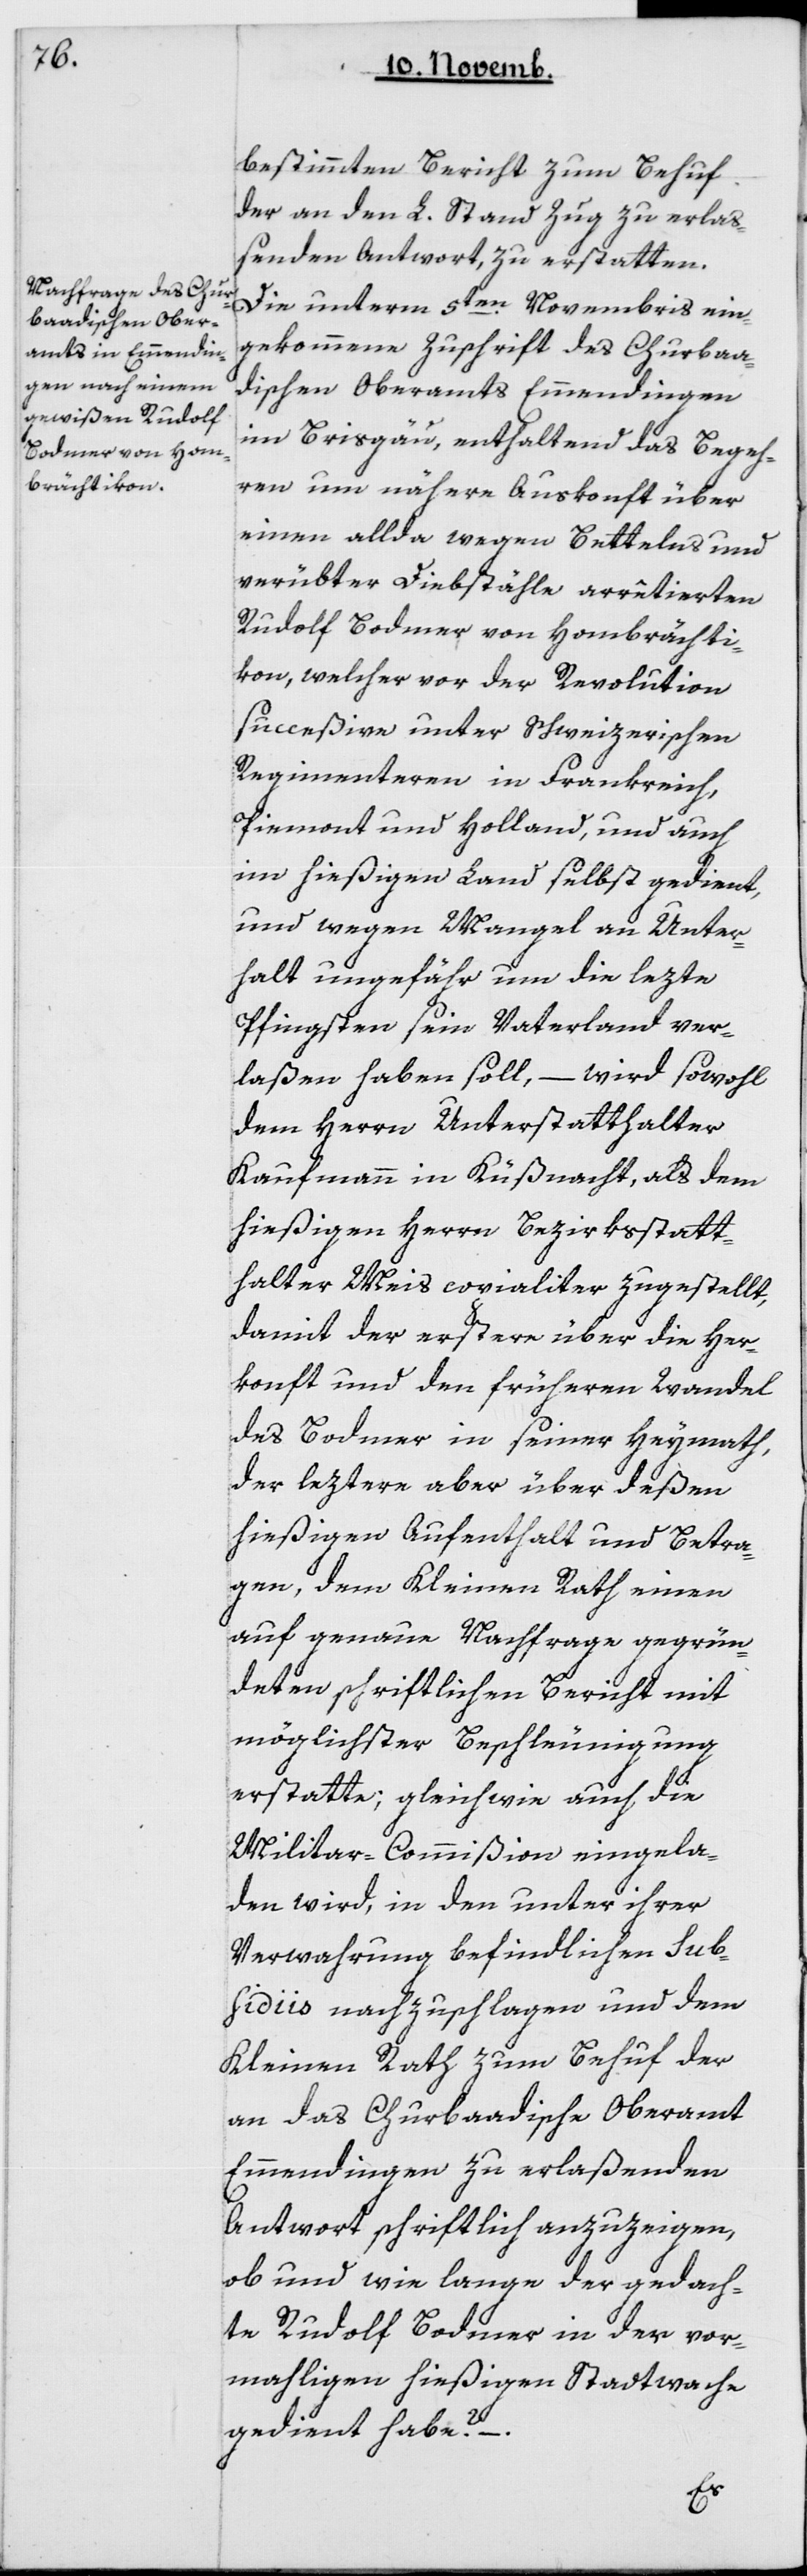
bestimmten Bericht zum Behuf
der an den L. Stand Zug zu erlaß¬
enden Antwort zu erstatten.
Die unterm 5ten Novembris ein¬
gekommene Zuschrift des Churbaa¬
dischen Oberamts Emmendingen
im Brisgau, enthaltend das Begeh¬
ren um nähere Auskonft über
einen allda wegen Bettelns und
verübter Diebstähle arretierten
Rudolf Bodmer von Hombrächti¬
kon, welcher vor der Revolution
succeßive unter schweizerischen
Regimenteren in Frankreich,
Piemont und Holland, und auch
im hießigen Land selbst gedient,
und wegen Mangel an Unter¬
halt ungefähr um die lezte
Pfingsten seyn Vaterland ver¬
laßen haben soll, – wird sowohl
dem Herrn Unterstatthalter
Kaufmann in Küsnacht, als dem
hießigen Herrn Bezirksstatt¬
halter Meis copialiter zugestellt,
damit der erstere über die Her¬
konft und den früheren Wandel
des Bodmer in seiner Heymath,
der leztere aber über deßen
hießigen Aufenthalt und Betra¬
gen, dem Kleinen Rath einen
auf genaue Nachfrage gegrün¬
deten schriftlichen Bericht mit
möglichster Beschleunigung
erstatte; gleich wie auch die
MilitairCommißion eingela¬
den wird, in den unter ihrer
Verwahrung befindlichen Sub¬
fidiis nachzuschlagen und dem
Kleinen Rath zum Behuf der
an das Churbaadische Oberamt
Emmendingen zu erlaßenden
Antwort schriftlich anzuzeigen,
ob und wie lange der gedach¬
te Rudolf Bodmer in der vor¬
mahligen hießigen Stadtwache
gedient habe?